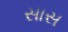
સાસ